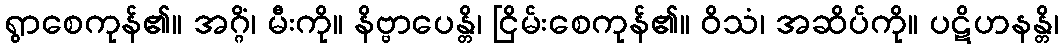
ရွာစေကုန်၏။ အဂ္ဂိံ၊ မီးကို။ နိဗ္ဗာပေန္တိ၊ ငြိမ်းစေကုန်၏။ ဝိသံ၊ အဆိပ်ကို။ ပဋိဟနန္တိ၊